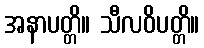
အနာပတ္တိ။ သီလဝိပတ္တိ။